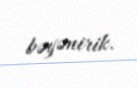
bəyənirik.